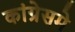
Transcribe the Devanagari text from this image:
कांग्रेसमे